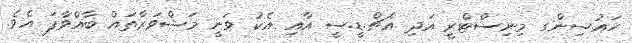
ހައުސިންގ މިނިސްޓްރީ އަދި އެޗް.ޑީ.ސީ އާއި އެކު ވަނީ މަޝްވަރާތައް ބާއްވާފަ އެވެ.